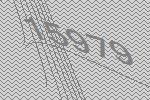
15979